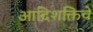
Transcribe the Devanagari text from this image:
आदिशक्तिचे